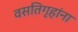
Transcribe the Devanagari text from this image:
वसतिगृहांना